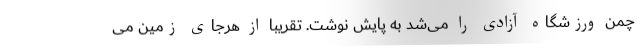
چمن ورزشگاه آزادی را می‌شد به پایش نوشت. تقریباً از هرجای زمین می